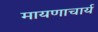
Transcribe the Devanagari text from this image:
मायणाचार्य